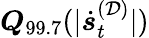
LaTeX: \boldsymbol{Q}_{99.7}(|\dot{\boldsymbol{s}}_{t}^{(\mathcal{D})}|)